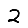
Digit: 2